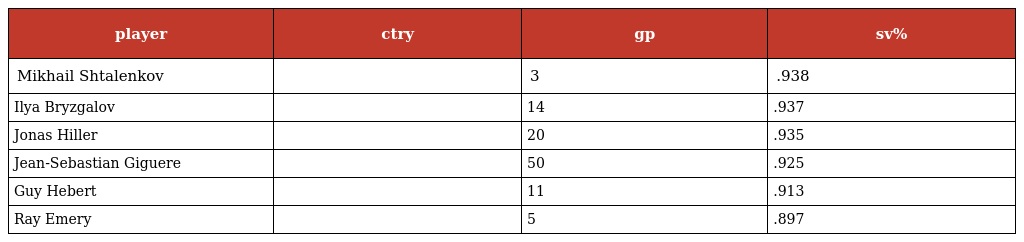
| player | ctry | gp | sv% |
 | --- | --- | --- | --- |
 | Mikhail Shtalenkov |  | 3 | .938 |
 | Ilya Bryzgalov |  | 14 | .937 |
 | Jonas Hiller |  | 20 | .935 |
 | Jean-Sebastian Giguere |  | 50 | .925 |
 | Guy Hebert |  | 11 | .913 |
 | Ray Emery |  | 5 | .897 |